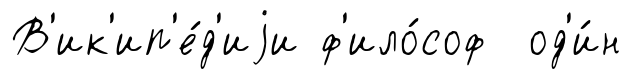
В'ик'ип'е́д'иjи ф'ило́соф од'и́н